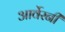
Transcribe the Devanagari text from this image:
आर्वेरनी